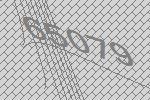
65079